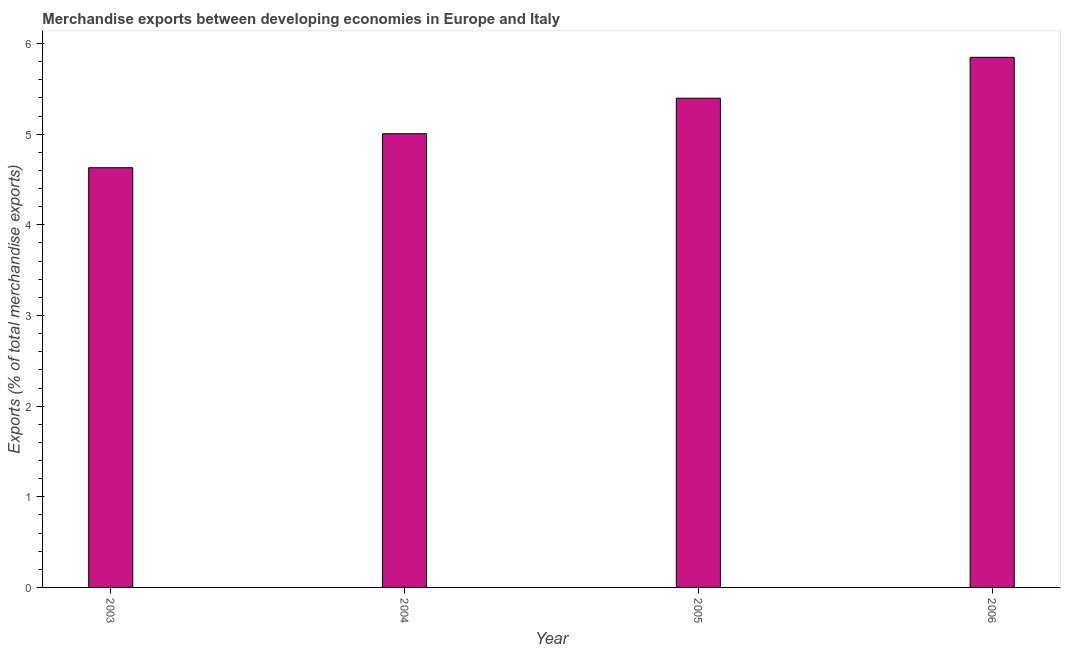
| Year | Merchandise Exports |
 | --- | --- |
 | 2003 | 4.63 |
 | 2004 | 5.01 |
 | 2005 | 5.4 |
 | 2006 | 5.85 |